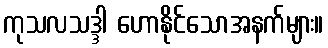
ကုသလသဒ္ဒါ ဟောနိုင်သောအနက်များ။